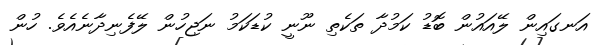
އަނގައިން ލޭއައުން ބޮޑު ކަމުދާ ތަކެތި ނޫނީ ކުޑަކަމު ނަޖިހުން ލޭފެނިދާނެއެވެ. ހުން